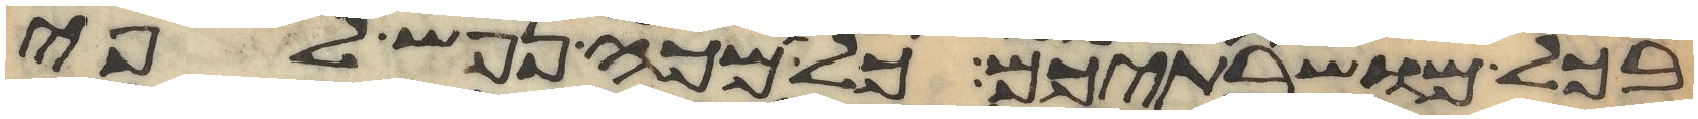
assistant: בכל מושבתיכם כל מכה נפש לפי